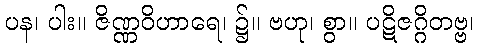
ပန၊ ပါး။ ဇိဏ္ဏဝိဟာရေ၊ ၌။ ဗဟု၊ စွာ။ ပဋိဇဂ္ဂိတဗ္ဗ၊